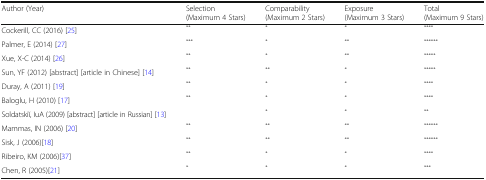
| Author (Year) | Selection (Maximum 4 Stars) | Comparability (Maximum 2 Stars) | Exposure (Maximum 3 Stars) | Total (Maximum 9 Stars) |
 | --- | --- | --- | --- | --- |
 | Cockerill, CC (2016) [25] | ** | * | * | **** |
 | Palmer, E (2014) [27] | *** | * | ** | ****** |
 | Xue, X-C (2014) [26] | ** | * | ** | ***** |
 | Sun, YF (2012) [abstract] [article in Chinese] [14] | ** | ** | * | ***** |
 | Duray, A (2011) [19] | ** | * | * | **** |
 | Baloglu, H (2010) [17] | ** | * | * | **** |
 | Soldatskiĭ, IuA (2009) [abstract] [article in Russian] [13] |  | * | * | ** |
 | Mammas, IN (2006) [20] | ** | ** | ** | ****** |
 | Sisk, J (2006)[18] | ** | ** | ** | ****** |
 | Ribeiro, KM (2006)[37] | ** | * | * | **** |
 | Chen, R (2005)[21] | * | * | * | *** |